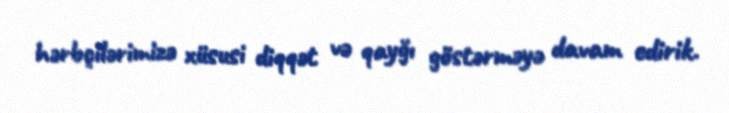
hərbçilərimizə xüsusi diqqət və qayğı göstərməyə davam edirik.